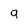
Character: q